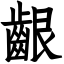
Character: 齦